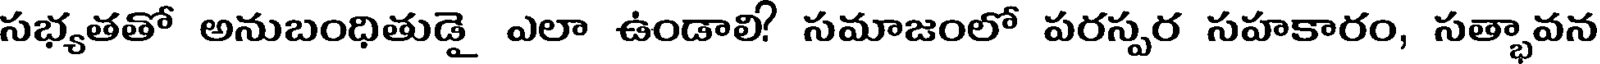
సభ్యతతో అనుబంధితుడై ఎలా ఉండాలి? సమాజంలో పరస్పర సహకారం, సత్భావన